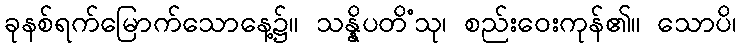
ခုနစ်ရက်မြောက်သောနေ့၌။ သန္နိပတိံသု၊ စည်းဝေးကုန်၏။ သောပိ၊